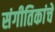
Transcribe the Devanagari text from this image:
संगीतिकांचे